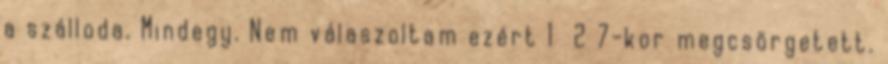
a szálloda. Mindegy. Nem válaszoltam ezért 1 2 7-kor megcsörgetett.